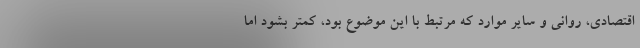
اقتصادی، روانی و سایر موارد که مرتبط با این موضوع بود، کمتر بشود اما